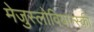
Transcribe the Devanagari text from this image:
मेजुस्लोवियान्स्की